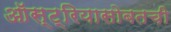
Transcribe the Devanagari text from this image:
ऑस्ट्रियासोबतची